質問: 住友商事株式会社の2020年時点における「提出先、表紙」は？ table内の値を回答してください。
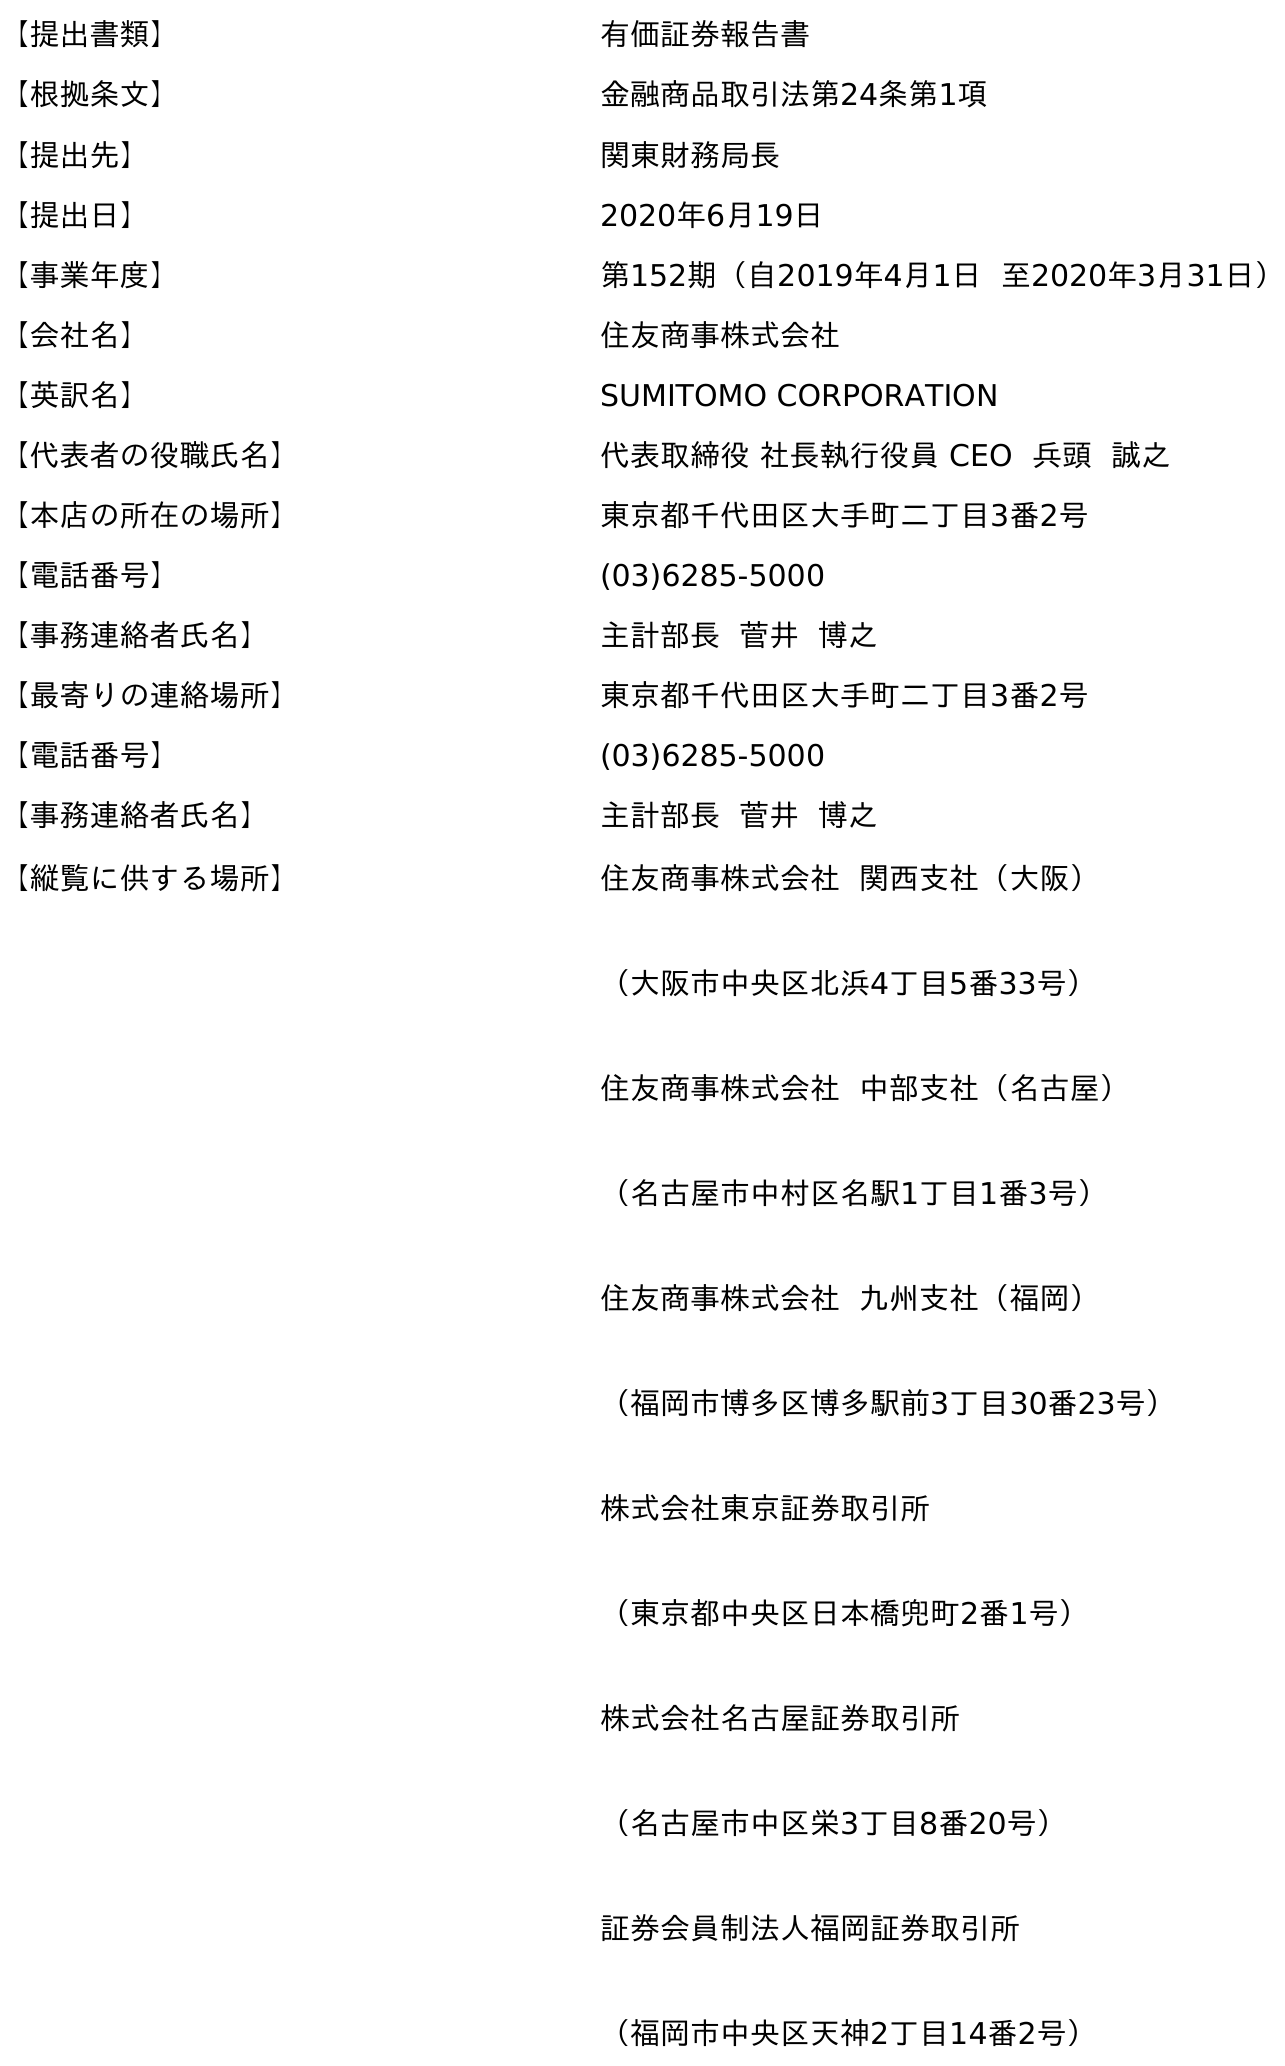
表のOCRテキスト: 【提出書類】 有価証券報告書 【根拠条文】 金融商品取引法第24条第1項 【提出先】 関東財務局長 【提出日】 2020年6月19日 【事業年度】 第152期（自2019年4月1日 至2020年3月31日） 【会社名】 住友商事株式会社 【英訳名】 SUMITOMO CORPORATION 【代表者の役職氏名】 代表取締役 社長執行役員 CEO 兵頭 誠之 【本店の所在の場所】 東京都千代田区大手町二丁目3番2号 【電話番号】 (03)6285-5000 【事務連絡者氏名】 主計部長 菅井 博之 【最寄りの連絡場所】 東京都千代田区大手町二丁目3番2号 【電話番号】 (03)6285-5000 【事務連絡者氏名】 主計部長 菅井 博之 【縦覧に供する場所】 住友商事株式会社 関西支社（大阪） （大阪市中央区北浜4丁目5番33号） 住友商事株式会社 中部支社（名古屋） （名古屋市中村区名駅1丁目1番3号） 住友商事株式会社 九州支社（福岡） （福岡市博多区博多駅前3丁目30番23号） 株式会社東京証券取引所 （東京都中央区日本橋兜町2番1号） 株式会社名古屋証券取引所 （名古屋市中区栄3丁目8番20号） 証券会員制法人福岡証券取引所 （福岡市中央区天神2丁目14番2号）
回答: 関東財務局長